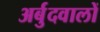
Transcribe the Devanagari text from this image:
अर्बुदवालों